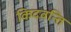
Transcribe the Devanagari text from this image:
किदवन्ति